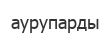
аурупарды